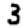
Digit: 3